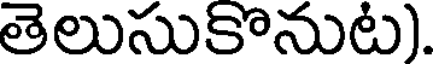
తెలుసుకొనుట).